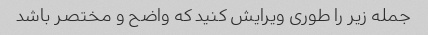
جمله زیر را طوری ویرایش کنید که واضح و مختصر باشد